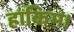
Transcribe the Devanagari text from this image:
हाकिम।